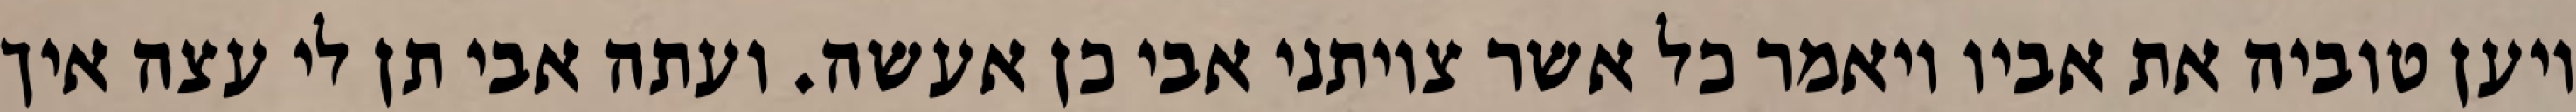
ויען טוביה את אביו ויאמר כל אשר צויתני אבי כן אעשה. ועתה אבי תן לי עצה איך